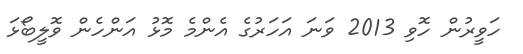
ހަވީރުން ހޮވި 2013 ވަނަ އަހަރުގެ އެންމެ މޮޅު އަންހެން ވޮލީބޯޅަ